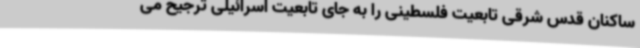
ساکنان قدس شرقی تابعیت فلسطینی را به جای تابعیت اسرائیلی ترجیح می